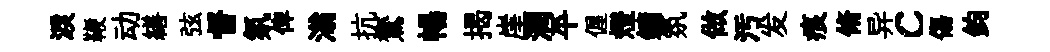
淚鞭动繕弦督氛俾滃抗鷟暢揭崖潤平偓燈鏞氛做汚发痕脩异c傷鈞